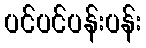
ပင်ပင်ပန်းပန်း